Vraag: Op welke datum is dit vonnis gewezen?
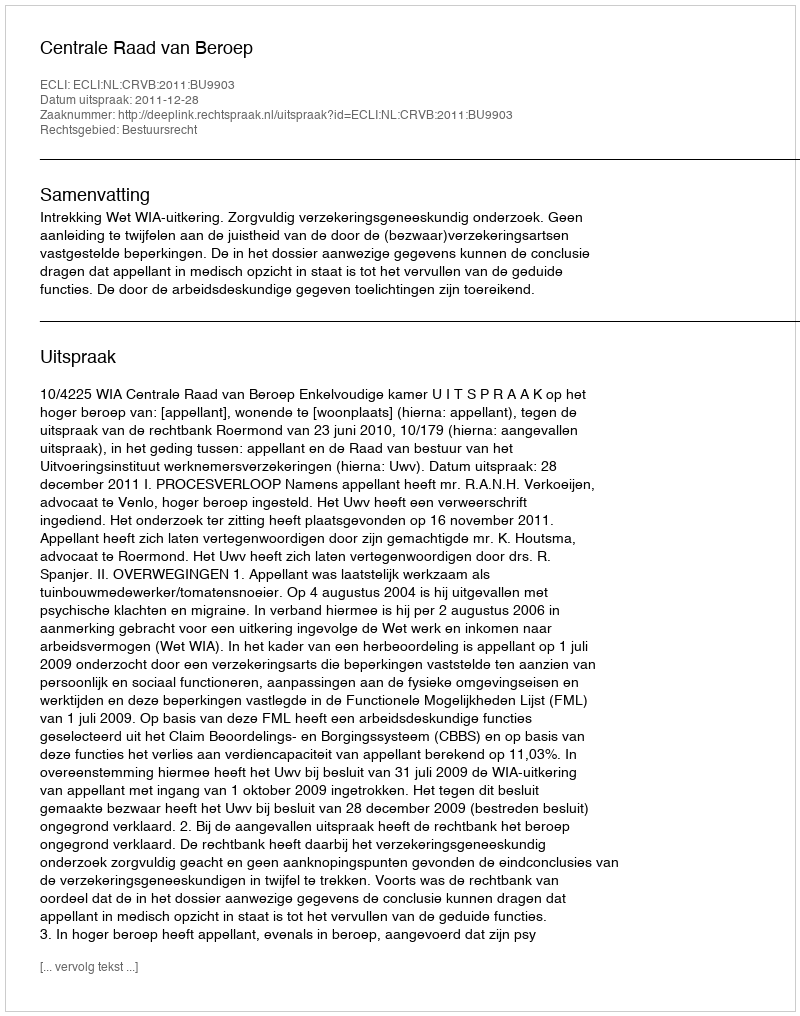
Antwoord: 2011-12-28